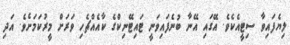
ލިޔެފައިވާ ސިޓީއެކެވެ. އޭގައި އޭނާ ބުނެފައިވަނީ ޓައިޓޭނިކްގެ ކާއެއްޗެހި ވަރަށް މީރުކަމަށެވެ. އަދި